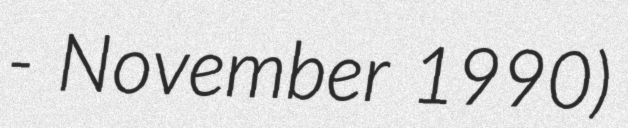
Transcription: - November 1990)